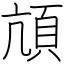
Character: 頏